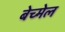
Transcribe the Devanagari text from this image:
बेच्मेल